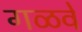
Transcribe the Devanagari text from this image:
गळवे